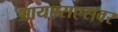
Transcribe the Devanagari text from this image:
आयएसएसवर